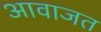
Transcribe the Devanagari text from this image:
आवाजत